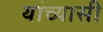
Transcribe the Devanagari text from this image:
यांच्यासी